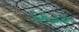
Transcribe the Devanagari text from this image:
६६३२